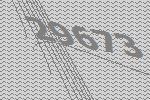
29673